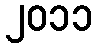
၂၀၁၁